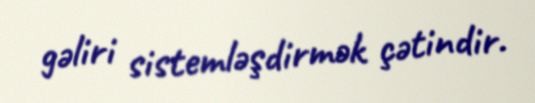
gəliri sistemləşdirmək çətindir.